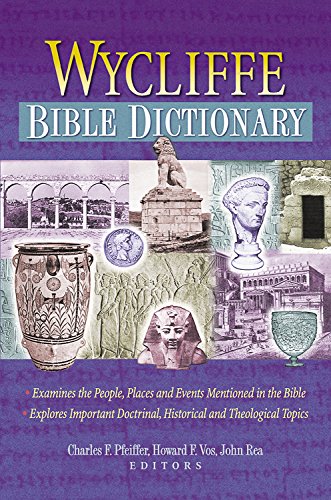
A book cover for Wycliffe Bible Dictionary; Charles F. Pfeiffer; Christian Books & Bibles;